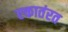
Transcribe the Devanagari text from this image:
एकातंरत